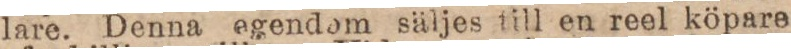
lare. Denna egendom säljes till en reel köpare